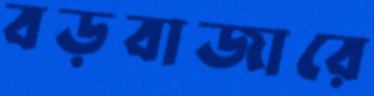
বড়বাজারে